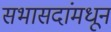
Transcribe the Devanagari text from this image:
सभासदांमधून